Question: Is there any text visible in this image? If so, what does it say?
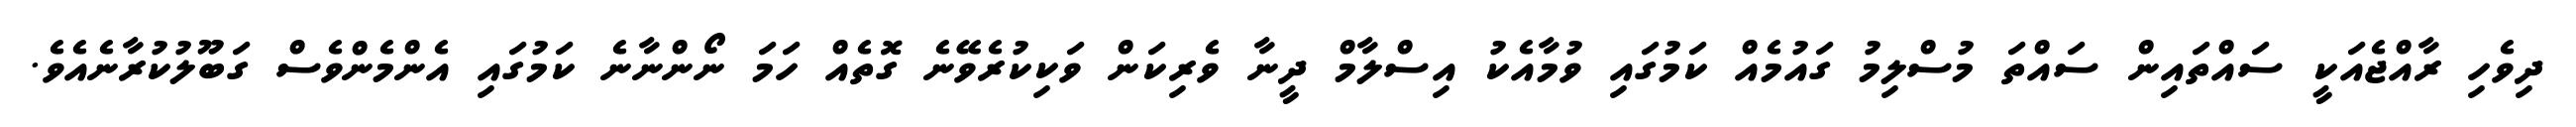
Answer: ދިވެހި ރާއްޖެއަކީ ސައްތައިން ސައްތަ މުސްލިމު ގައުމެއް ކަމުގައި ވުމާއެކު އިސްލާމް ދީނާ ވެރިކަން ވަކިކުރެވޭނެ ގޮތެއް ހަމަ ނޯންނާނެ ކަމުގައި އެންމެންވެސް ގަބޫލުކުރާނެއެވެ.